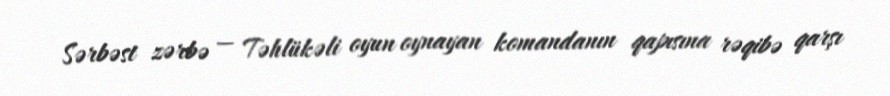
Sərbəst zərbə — Təhlükəli oyun oynayan komandanın qapısına rəqibə qarşı